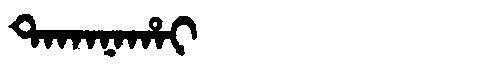
Manchu: ᡨᠠᡴᠠᠨᠠᡥᠠᡳ
Romanization: TAKANAHAI